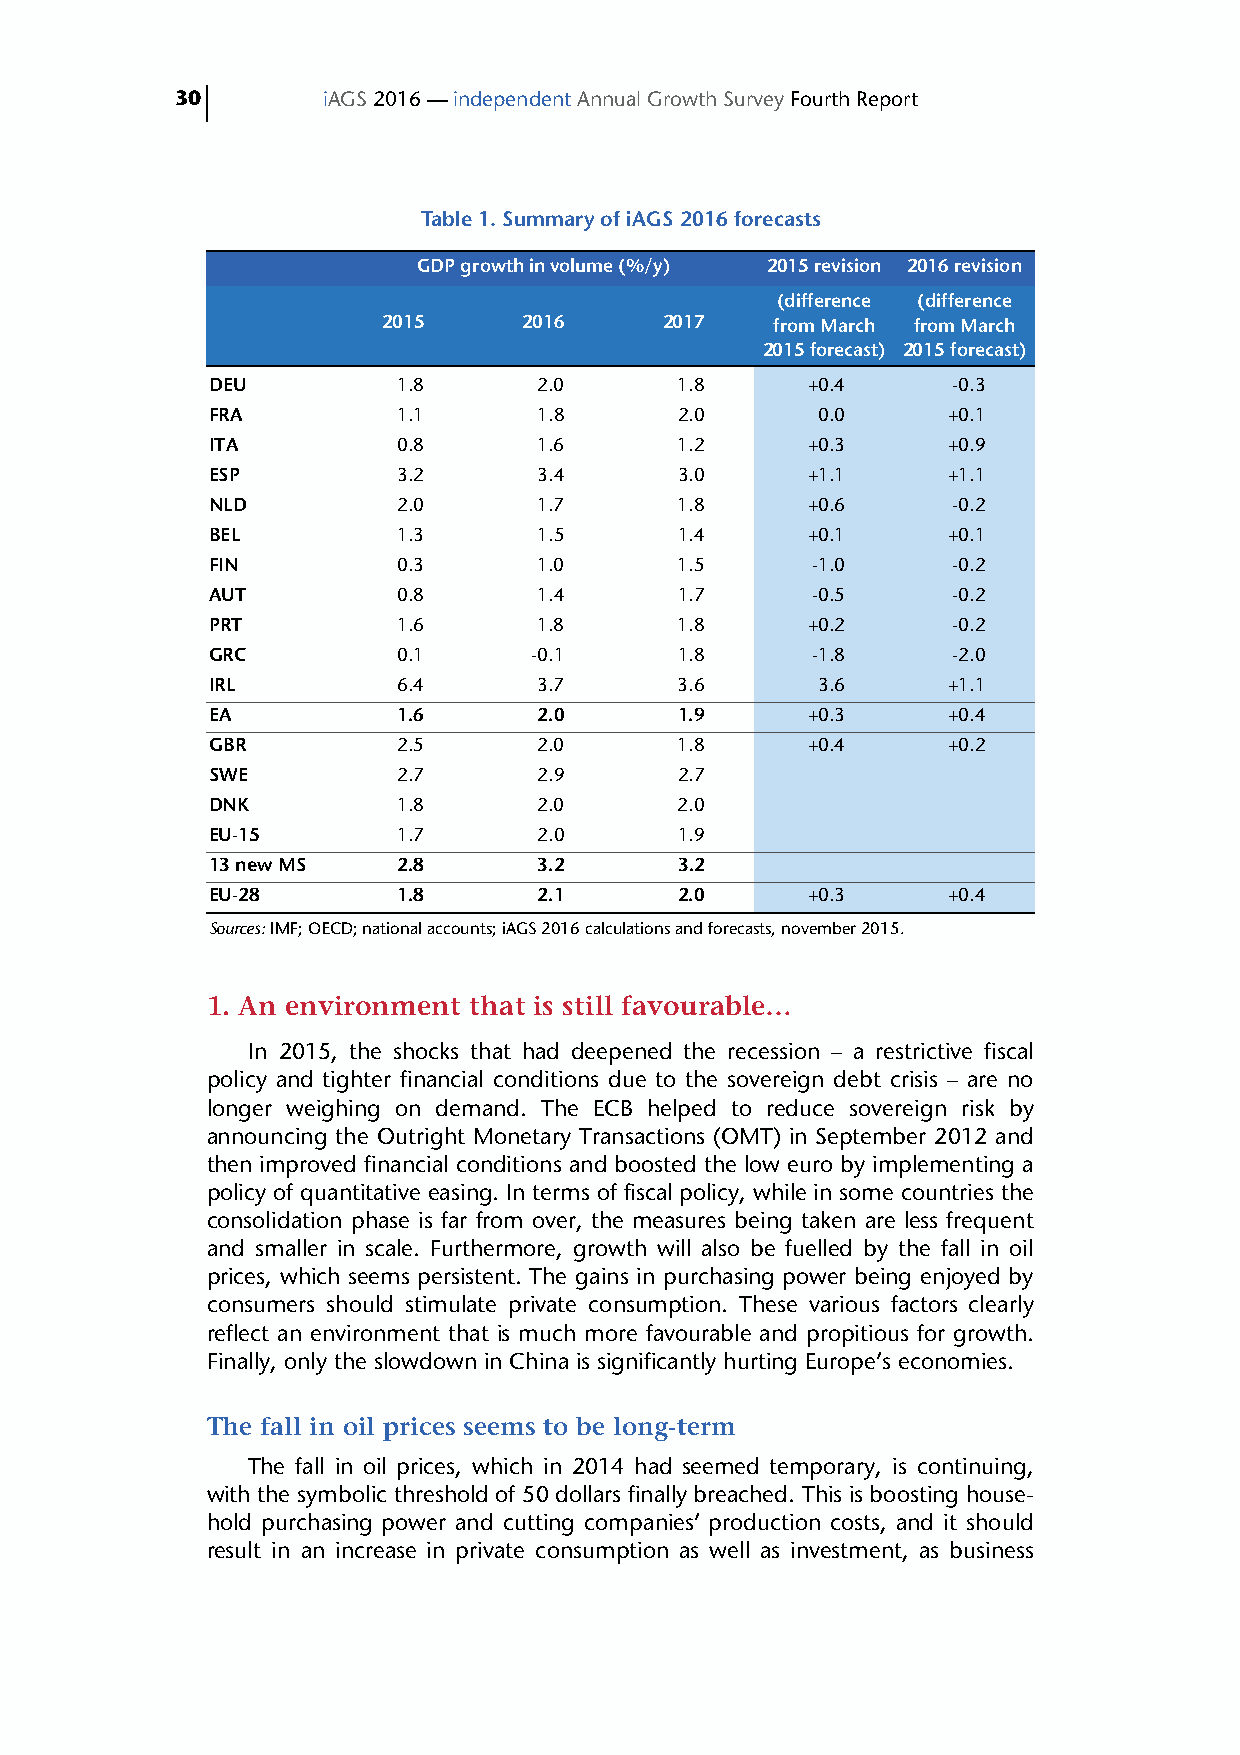
30       iAGS 2016 — independent Annual Growth Survey Fourth Report
 Table 1. Summary of iAGS 2016 forecasts
 GDP growth in volume (%/y) 2015 revision 2016 revision
 (difference (difference
 2015      2016     2017   from March from March
 2015 forecast) 2015 forecast)
 DEU         1.8       2.0      1.8     +0.4      -0.3
 FRA         1.1       1.8      2.0      0.0      +0.1
 ITA         0.8       1.6      1.2     +0.3      +0.9
 ESP         3.2       3.4      3.0     +1.1      +1.1
 NLD         2.0       1.7      1.8     +0.6      -0.2
 BEL         1.3       1.5      1.4     +0.1      +0.1
 FIN         0.3       1.0      1.5      -1.0     -0.2
 AUT         0.8       1.4      1.7      -0.5     -0.2
 PRT         1.6       1.8      1.8     +0.2      -0.2
 GRC         0.1      -0.1      1.8      -1.8     -2.0
 IRL         6.4       3.7      3.6      3.6      +1.1
 EA          1.6       2.0      1.9     +0.3      +0.4
 GBR         2.5       2.0      1.8     +0.4      +0.2
 SWE         2.7       2.9      2.7
 DNK         1.8       2.0      2.0
 EU-15       1.7       2.0      1.9
 13 new MS   2.8       3.2      3.2
 EU-28       1.8       2.1      2.0     +0.3      +0.4
 Sources: IMF; OECD; national accounts; iAGS 2016 calculations and forecasts, november 2015.
 1. An environment that is still favourable…
 In 2015, the shocks that had deepened the recession – a restrictive fiscal
 policy and tighter financial conditions due to the sovereign debt crisis – are no
 longer weighing on demand. The ECB helped to reduce sovereign risk by
 announcing the Outright Monetary Transactions (OMT) in September 2012 and
 then improved financial conditions and boosted the low euro by implementing a
 policy of quantitative easing. In terms of fiscal policy, while in some countries the
 consolidation phase is far from over, the measures being taken are less frequent
 and smaller in scale. Furthermore, growth will also be fuelled by the fall in oil
 prices, which seems persistent. The gains in purchasing power being enjoyed by
 consumers should stimulate private consumption. These various factors clearly
 reflect an environment that is much more favourable and propitious for growth.
 Finally, only the slowdown in China is significantly hurting Europe’s economies.
 The fall in oil prices seems to be long-term
 The fall in oil prices, which in 2014 had seemed temporary, is continuing,
 with the symbolic threshold of 50 dollars finally breached. This is boosting house-
 hold purchasing power and cutting companies’ production costs, and it should
 result in an increase in private consumption as well as investment, as business